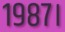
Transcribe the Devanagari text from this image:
१९८७।